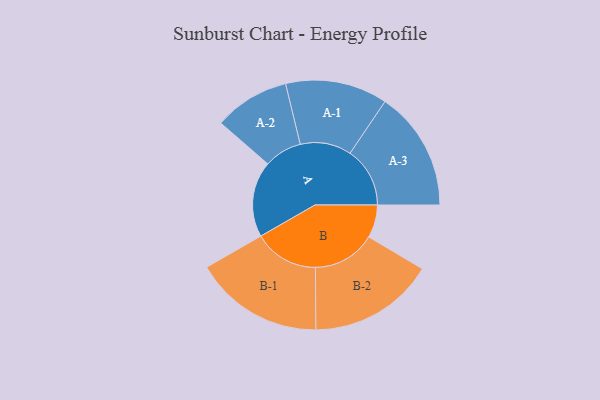
{"axis": {"x": "Segment", "y": "Value"}, "legend": ["", "A", "B"], "data": [{"x": "A", "y": 337, "type": ""}, {"x": "B", "y": 146, "type": ""}, {"x": "A-1", "y": 227, "type": "A"}, {"x": "A-2", "y": 168, "type": "A"}, {"x": "A-3", "y": 266, "type": "A"}, {"x": "B-1", "y": 288, "type": "B"}, {"x": "B-2", "y": 280, "type": "B"}]}